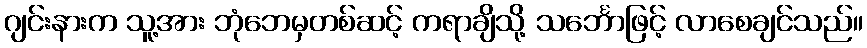
ဂျင်းနားက သူ့အား ဘုံဘေမှတစ်ဆင့် ကရာချိသို့ သင်္ဘောဖြင့် လာစေချင်သည်။